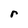
Character: r